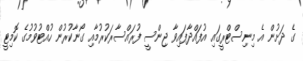
ގެ ދަށުން އެ މިނިސްޓްރީގައި އުފައްދާފައިވާ ޖިންސީ ފުރައްސާރަކުރުމާއި ގޯނާކުރުން ހުއްޓުވުމުގެ ކޮމިޓީ